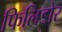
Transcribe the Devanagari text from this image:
फिलिडोर